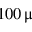
1 0 0 \, \upmu